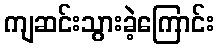
ကျဆင်းသွားခဲ့ကြောင်း